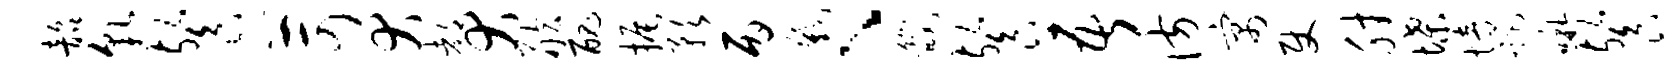
韶貌餐苛犬都犬舷丑振预丙截、畿餐吾彷寓使肘堞培距啾餐